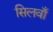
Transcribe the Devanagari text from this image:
सिलवाँ